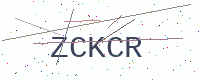
Text: ZCKCR